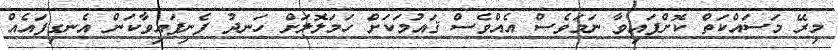
މިރޭ މަސައްކަތް ކޮށްފައިވާ ނަމަވެސް އެއްވެސް ޤައުމަކަށް ހަމަލޮލަށް ހަނދު ފެނިފައިވާކަން އެނގިފައެއް